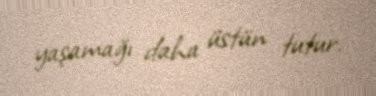
yaşamağı daha üstün tutur.